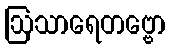
ဩသာရေတဗ္ဗော